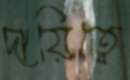
দায়িত্বে